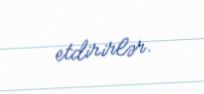
etdirirlər.